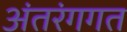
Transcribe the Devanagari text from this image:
अंतरंगगत